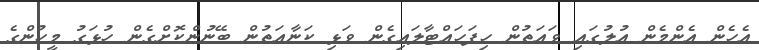
އެހެން އެންމެން އުލުގައި ވައަތުން ހިފަހައްޓާލައިގެން ވަޅި ކަނާއަތުން ބޭނުންކޮށްގެން ހުޅަގު މީހުންގެ